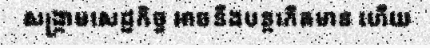
សង្គ្រាមសេដ្ឋកិច្ច អាចនឹងបន្តកើតមាន ហើយ